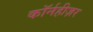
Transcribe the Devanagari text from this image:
कॉर्नहीज़र